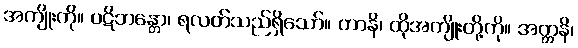
အကျိုးကို။ ပဋိဘန္တော၊ ရလတ်သည်ရှိသော်။ တာနိ၊ ထိုအကျိုးတို့ကို။ အတ္တနိ၊